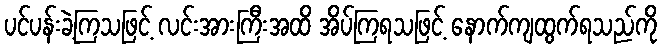
ပင်ပန်းခဲ့ကြသဖြင့် လင်းအားကြီးအထိ အိပ်ကြရသဖြင့် နောက်ကျထွက်ရသည်ကို